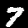
Label: 7